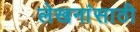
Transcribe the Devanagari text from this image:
लेखनांसाठी